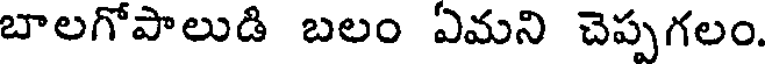
బాలగోపాలుడి బలం ఏమని చెప్పగలం.